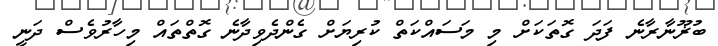
ބުޜޫނާރާނެ ފަދަ ގޮތަކަށް މި މަސައްކަތް ކުރިޔަށް ގެންދެވިދާނެ ގޮތްތައް މިހާރުވެސް ދަނީ